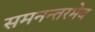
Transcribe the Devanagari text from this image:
समनन्तरमेव